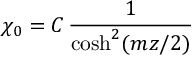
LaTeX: \chi _ { 0 } = C \, \frac { 1 } { \cosh ^ { 2 } ( m z / 2 ) }